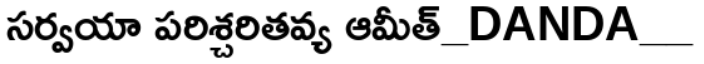
సర్వయా పరిశ్చరితవ్య ఆమీత్_DANDA__